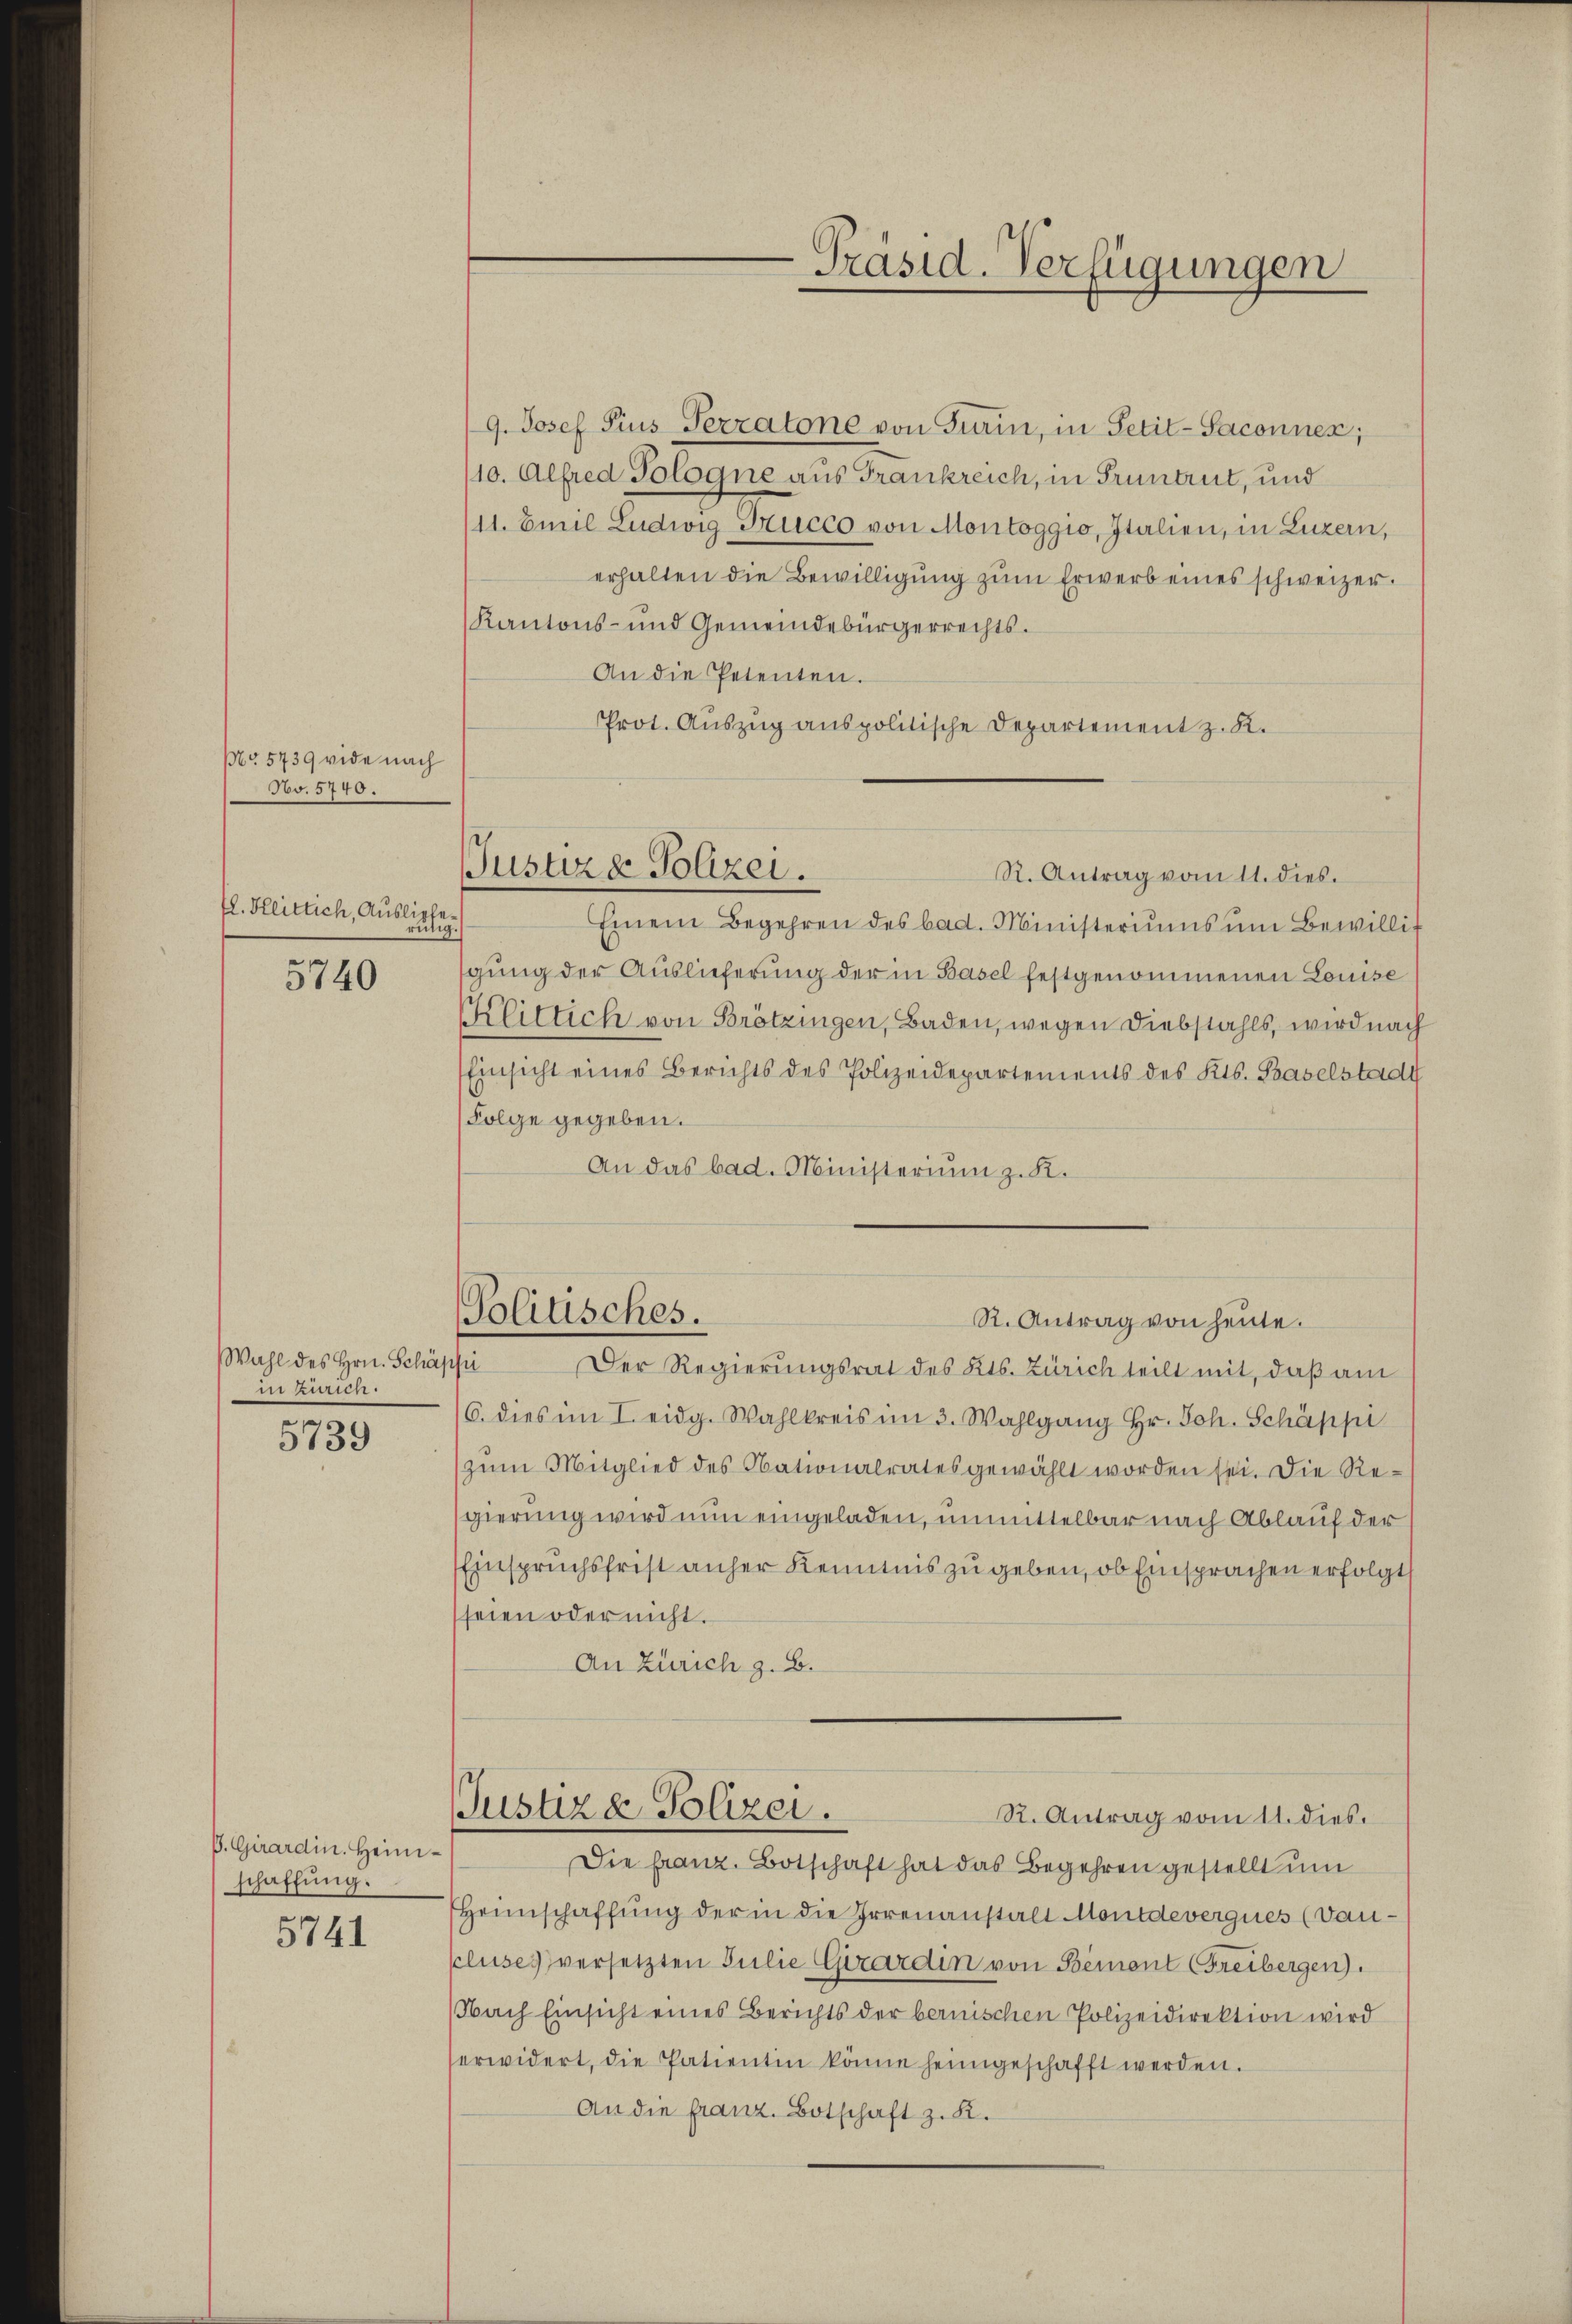
No 5739 vide nach
No. 5740.

El. Flittich, Ausliche.

5740

Wahl des Hrn. Schäppi
 zarten.

5739

B. Girardin. Heim.
schaffung.
5741

9. Josef Pius Terratone von Turin, in Petit-Saconnes;
10. Alfred Sologne aus Frankreich, in Pruntrut, und
11. Emil Ludwig-Grucco von Montoggio, Italien, in Luzern,
erhalten die Bewilligung zŭm Erwerb eines schweizer.
Kantons- und Gemeindebürgerrechts.
An die Petenten.
Prot. Auszug auspolitische Departement z. K.
R. Antrag vom 11. dies.
Einem Begehren des bad. Ministeriŭms ŭm Bewillit
sgung der Auslieferung der in Basel festgenommenen Louise
Klittich von Brötzingen, Baden, wegen Diebstahls, wird nach
Einsicht eines Berichts des Polizeidepartements des Kts. Baselstadt
Folge gegeben.
An das bad. Ministerium z. K.
Politisches.
R. Antrag von heute.
Der Regierungsrat des Kts. Zürich teilt mit, daß am
6. dies im I. eidg. Wahlkreis im 3. Wahlgang Hr. Joh. Schäppi
zum Mitglied des Nationalrates gewählt worden sei. Die Regierung wird nun eingeladen, unmittelbar nach Ablauf der
Einspruchsfrist anher Kenntnis zu geben, ob Einsprachen erfolgt
seien oder nicht.
An Zürich z. B.
JJustiz & Polizei.
R. Antrag vom 11. dies
Die franz. Botschaft hat das Begehren gestellt um
Heimschaffung der in die Irrenanstalt Montdevergues (dau¬
Cluses versetzten Julie Girardin von Bement Freibergen).
Nach Einsicht eines Berichts der bernischen Polizeidirektion wird
erwidert, die Patientin könne heimgeschafft werden.
An die franz. Botschaft z. K.

Justizd Polizei.

Präsid. Verfügungen